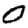
Digit: 0